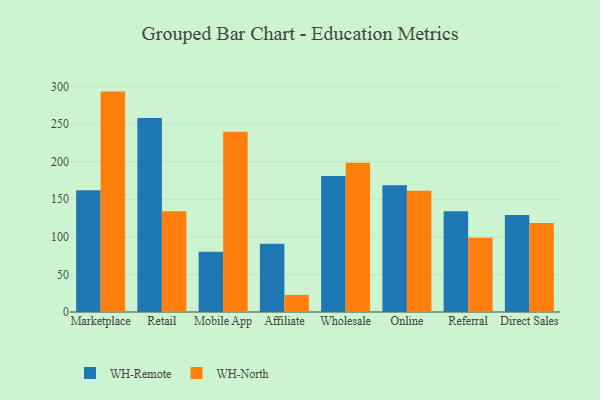
{"axis": {"x": "Channel", "y": "Customer Acquisition Cost (USD)"}, "legend": ["WH-North", "WH-Remote"], "data": [{"x": "Marketplace", "y": 161.8, "type": "WH-Remote"}, {"x": "Marketplace", "y": 293.2, "type": "WH-North"}, {"x": "Retail", "y": 258.2, "type": "WH-Remote"}, {"x": "Retail", "y": 134.0, "type": "WH-North"}, {"x": "Mobile App", "y": 80.1, "type": "WH-Remote"}, {"x": "Mobile App", "y": 239.7, "type": "WH-North"}, {"x": "Affiliate", "y": 90.9, "type": "WH-Remote"}, {"x": "Affiliate", "y": 22.7, "type": "WH-North"}, {"x": "Wholesale", "y": 180.8, "type": "WH-Remote"}, {"x": "Wholesale", "y": 198.7, "type": "WH-North"}, {"x": "Online", "y": 168.6, "type": "WH-Remote"}, {"x": "Online", "y": 161.3, "type": "WH-North"}, {"x": "Referral", "y": 134.1, "type": "WH-Remote"}, {"x": "Referral", "y": 98.8, "type": "WH-North"}, {"x": "Direct Sales", "y": 129.2, "type": "WH-Remote"}, {"x": "Direct Sales", "y": 118.5, "type": "WH-North"}]}